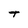
Character: t